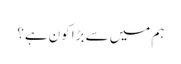
ہم میں سے بڑا کون ہے؟